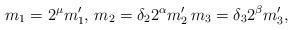
LaTeX: \begin{align*} m_1 = 2^{\mu}m_1', \, m_2 = \delta_2 2^{\alpha}m_2' \, m_3 = \delta_32^{\beta}m_3',\end{align*}